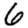
Digit: 6